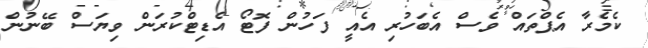
ކެމެރާ އެޕްތައް ވެސް އެބަހުރި އެއީ ފަހުން ފޮޓޯ އެޑިޓްކުރަން ވިޔަސް ބޭނުން